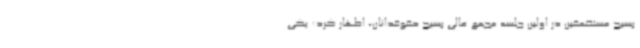
بسیج مستضعفین در اولین جلسه مجمع عالی بسیج حقوقدانان، اظهار کرد: یکی